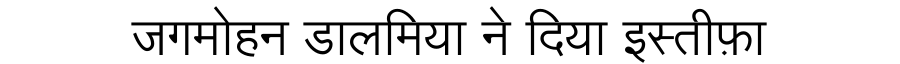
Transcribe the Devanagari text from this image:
जगमोहन डालमिया ने दिया इस्तीफ़ा